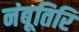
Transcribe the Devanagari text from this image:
नंबूतिरि